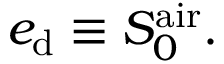
e _ { \mathrm { d } } \equiv S _ { 0 } ^ { \mathrm { a i r } } .